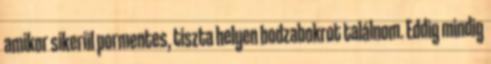
amikor sikerül pormentes, tiszta helyen bodzabokrot találnom. Eddig mindig